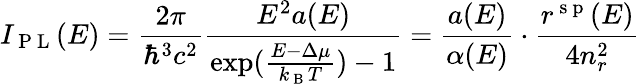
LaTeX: I_{\mathrm{~P~L~}}(E)=\frac{2\pi}{\hbar^{3}c^{2}}\frac{E^{2}a(E)}{\exp(\frac{E-\Delta\mu}{k_{\mathrm{~B~}}T})-1}=\frac{a(E)}{\alpha(E)}\cdot\frac{r^{\mathrm{~s~p~}}(E)}{4n_{r}^{2}}